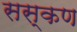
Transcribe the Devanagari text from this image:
सस्कण